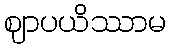
ဈာပယိဿာမ